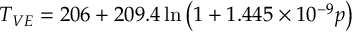
T _ { V E } = 2 0 6 + 2 0 9 . 4 \ln \left( 1 + 1 . 4 4 5 \times 1 0 ^ { - 9 } p \right)